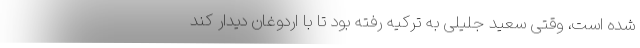
شده است، وقتی سعید جلیلی به ترکیه رفته بود تا با اردوغان دیدار کند